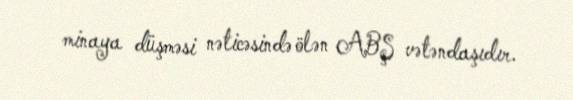
minaya düşməsi nəticəsində ölən ABŞ vətəndaşıdır.